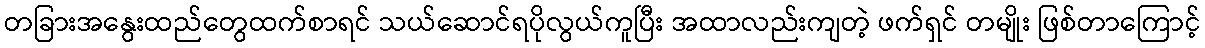
တခြားအနွေးထည်တွေထက်စာရင် သယ်ဆောင်ရပိုလွယ်ကူပြီး အထာလည်းကျတဲ့ ဖက်ရှင် တမျိုး ဖြစ်တာကြောင့်